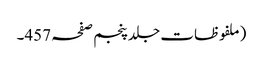
(ملفوظات جلد پنجم صفحہ 457۔